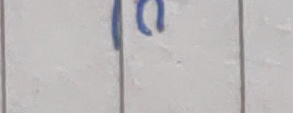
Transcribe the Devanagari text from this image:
१०